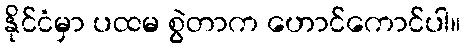
နိုင်ငံမှာ ပထမ စွဲတာက ဟောင်ကောင်ပါ။